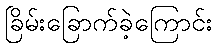
ခြိမ်းခြောက်ခဲ့ကြောင်း